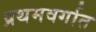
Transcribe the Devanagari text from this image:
प्रथमवर्गात